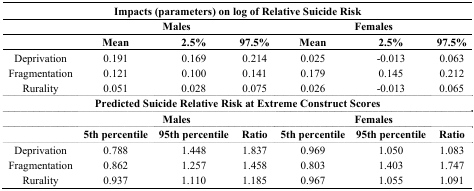
<table><thead><tr><td colspan="7"><b>Impacts (parameters) on log of Relative Suicide Risk</b></td></tr><tr><td></td><td colspan="3"><b>Males</b></td><td colspan="3"><b>Females</b></td></tr><tr><td></td><td><b>Mean</b></td><td><b>2.5%</b></td><td><b>97.5%</b></td><td><b>Mean</b></td><td><b>2.5%</b></td><td><b>97.5%</b></td></tr></thead><tbody><tr><td>Deprivation</td><td>0.191</td><td>0.169</td><td>0.214</td><td>0.025</td><td>-0.013</td><td>0.063</td></tr><tr><td>Fragmentation</td><td>0.121</td><td>0.100</td><td>0.141</td><td>0.179</td><td>0.145</td><td>0.212</td></tr><tr><td>Rurality</td><td>0.051</td><td>0.028</td><td>0.075</td><td>0.026</td><td>-0.013</td><td>0.065</td></tr><tr><td colspan="7"><b>Predicted Suicide Relative Risk at Extreme Construct Scores</b></td></tr><tr><td></td><td colspan="3"><b>Males</b></td><td colspan="3"><b>Females</b></td></tr><tr><td></td><td><b>5th percentile</b></td><td><b>95th percentile</b></td><td><b>Ratio</b></td><td><b>5th percentile</b></td><td><b>95th percentile</b></td><td><b>Ratio</b></td></tr><tr><td>Deprivation</td><td>0.788</td><td>1.448</td><td>1.837</td><td>0.969</td><td>1.050</td><td>1.083</td></tr><tr><td>Fragmentation</td><td>0.862</td><td>1.257</td><td>1.458</td><td>0.803</td><td>1.403</td><td>1.747</td></tr><tr><td>Rurality</td><td>0.937</td><td>1.110</td><td>1.185</td><td>0.967</td><td>1.055</td><td>1.091</td></tr></tbody></table>